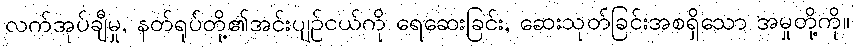
လက်အုပ်ချီမှု, နတ်ရုပ်တို့၏အင်းပျဉ်ငယ်ကို ရေဆေးခြင်း, ဆေးသုတ်ခြင်းအစရှိသော အမှုတို့ကို။